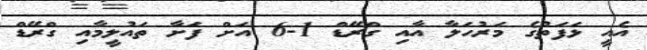
އެއީ ޅަފަތުގެ މަރުހަލާ އާއި ގްރޭޑް 1-6 އަށް ފަށާ ތައުލީމާއި ގްރޭޑް